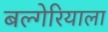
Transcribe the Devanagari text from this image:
बल्गेरियाला